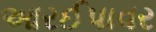
આરઈપાવર